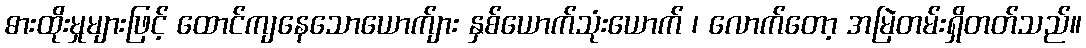
ဓားထိုးမှုများဖြင့် ထောင်ကျနေသောယောက်ျား နှစ်ယောက်သုံးယောက် ၊ လောက်တော့ အမြဲတမ်းရှိတတ်သည်။